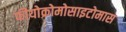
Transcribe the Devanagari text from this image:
फीयोक्रोमोसाइटोमास